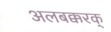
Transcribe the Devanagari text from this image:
अलबक्करक्